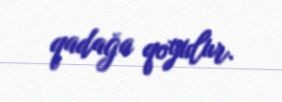
qadağa qoyulur.